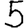
Digit: 5